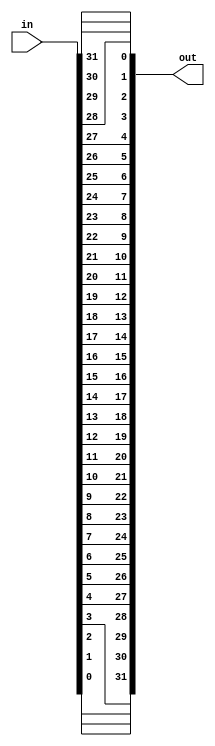
module bit_reverse #(parameter DW = 32)(
	input [DW-1:0] in, // data input
	output [DW-1:0] out // data output
);

	reg [DW-1:0] out;
	integer i;

	always @(*) begin
		for(i = 0; i < DW; i = i + 1)
			out[i] = in[DW-1-i];
	end
endmodule